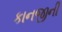
કાનજીની